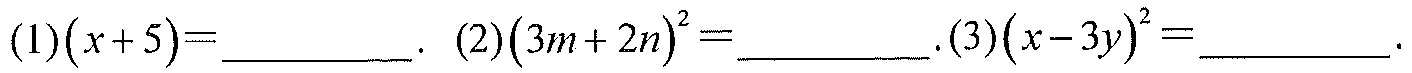
(1)$(x + 5)=\underline{\quad\quad}$. (2)$(3m + 2n)^{2}=\underline{\quad\quad}$.(3)$(x - 3y)^{2}=\underline{\quad\quad}$.